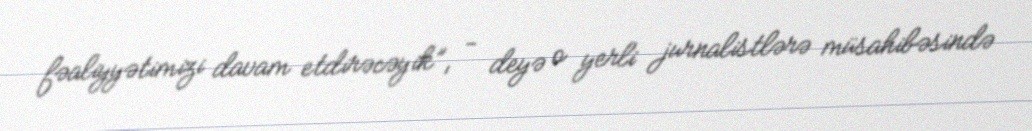
fəaliyyətimizi davam etdirəcəyik”, - deyə o yerli jurnalistlərə müsahibəsində